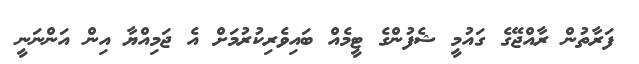
ފަރާތުން ރާއްޖޭގެ ގައުމީ ޝެފުންގެ ޓީމެއް ބައިވެރިކުރުމަށް އެ ޖަމިއްޔާ އިން އަންނަނީ